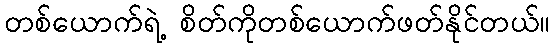
တစ်ယောက်ရဲ့ စိတ်ကိုတစ်ယောက်ဖတ်နိုင်တယ်။